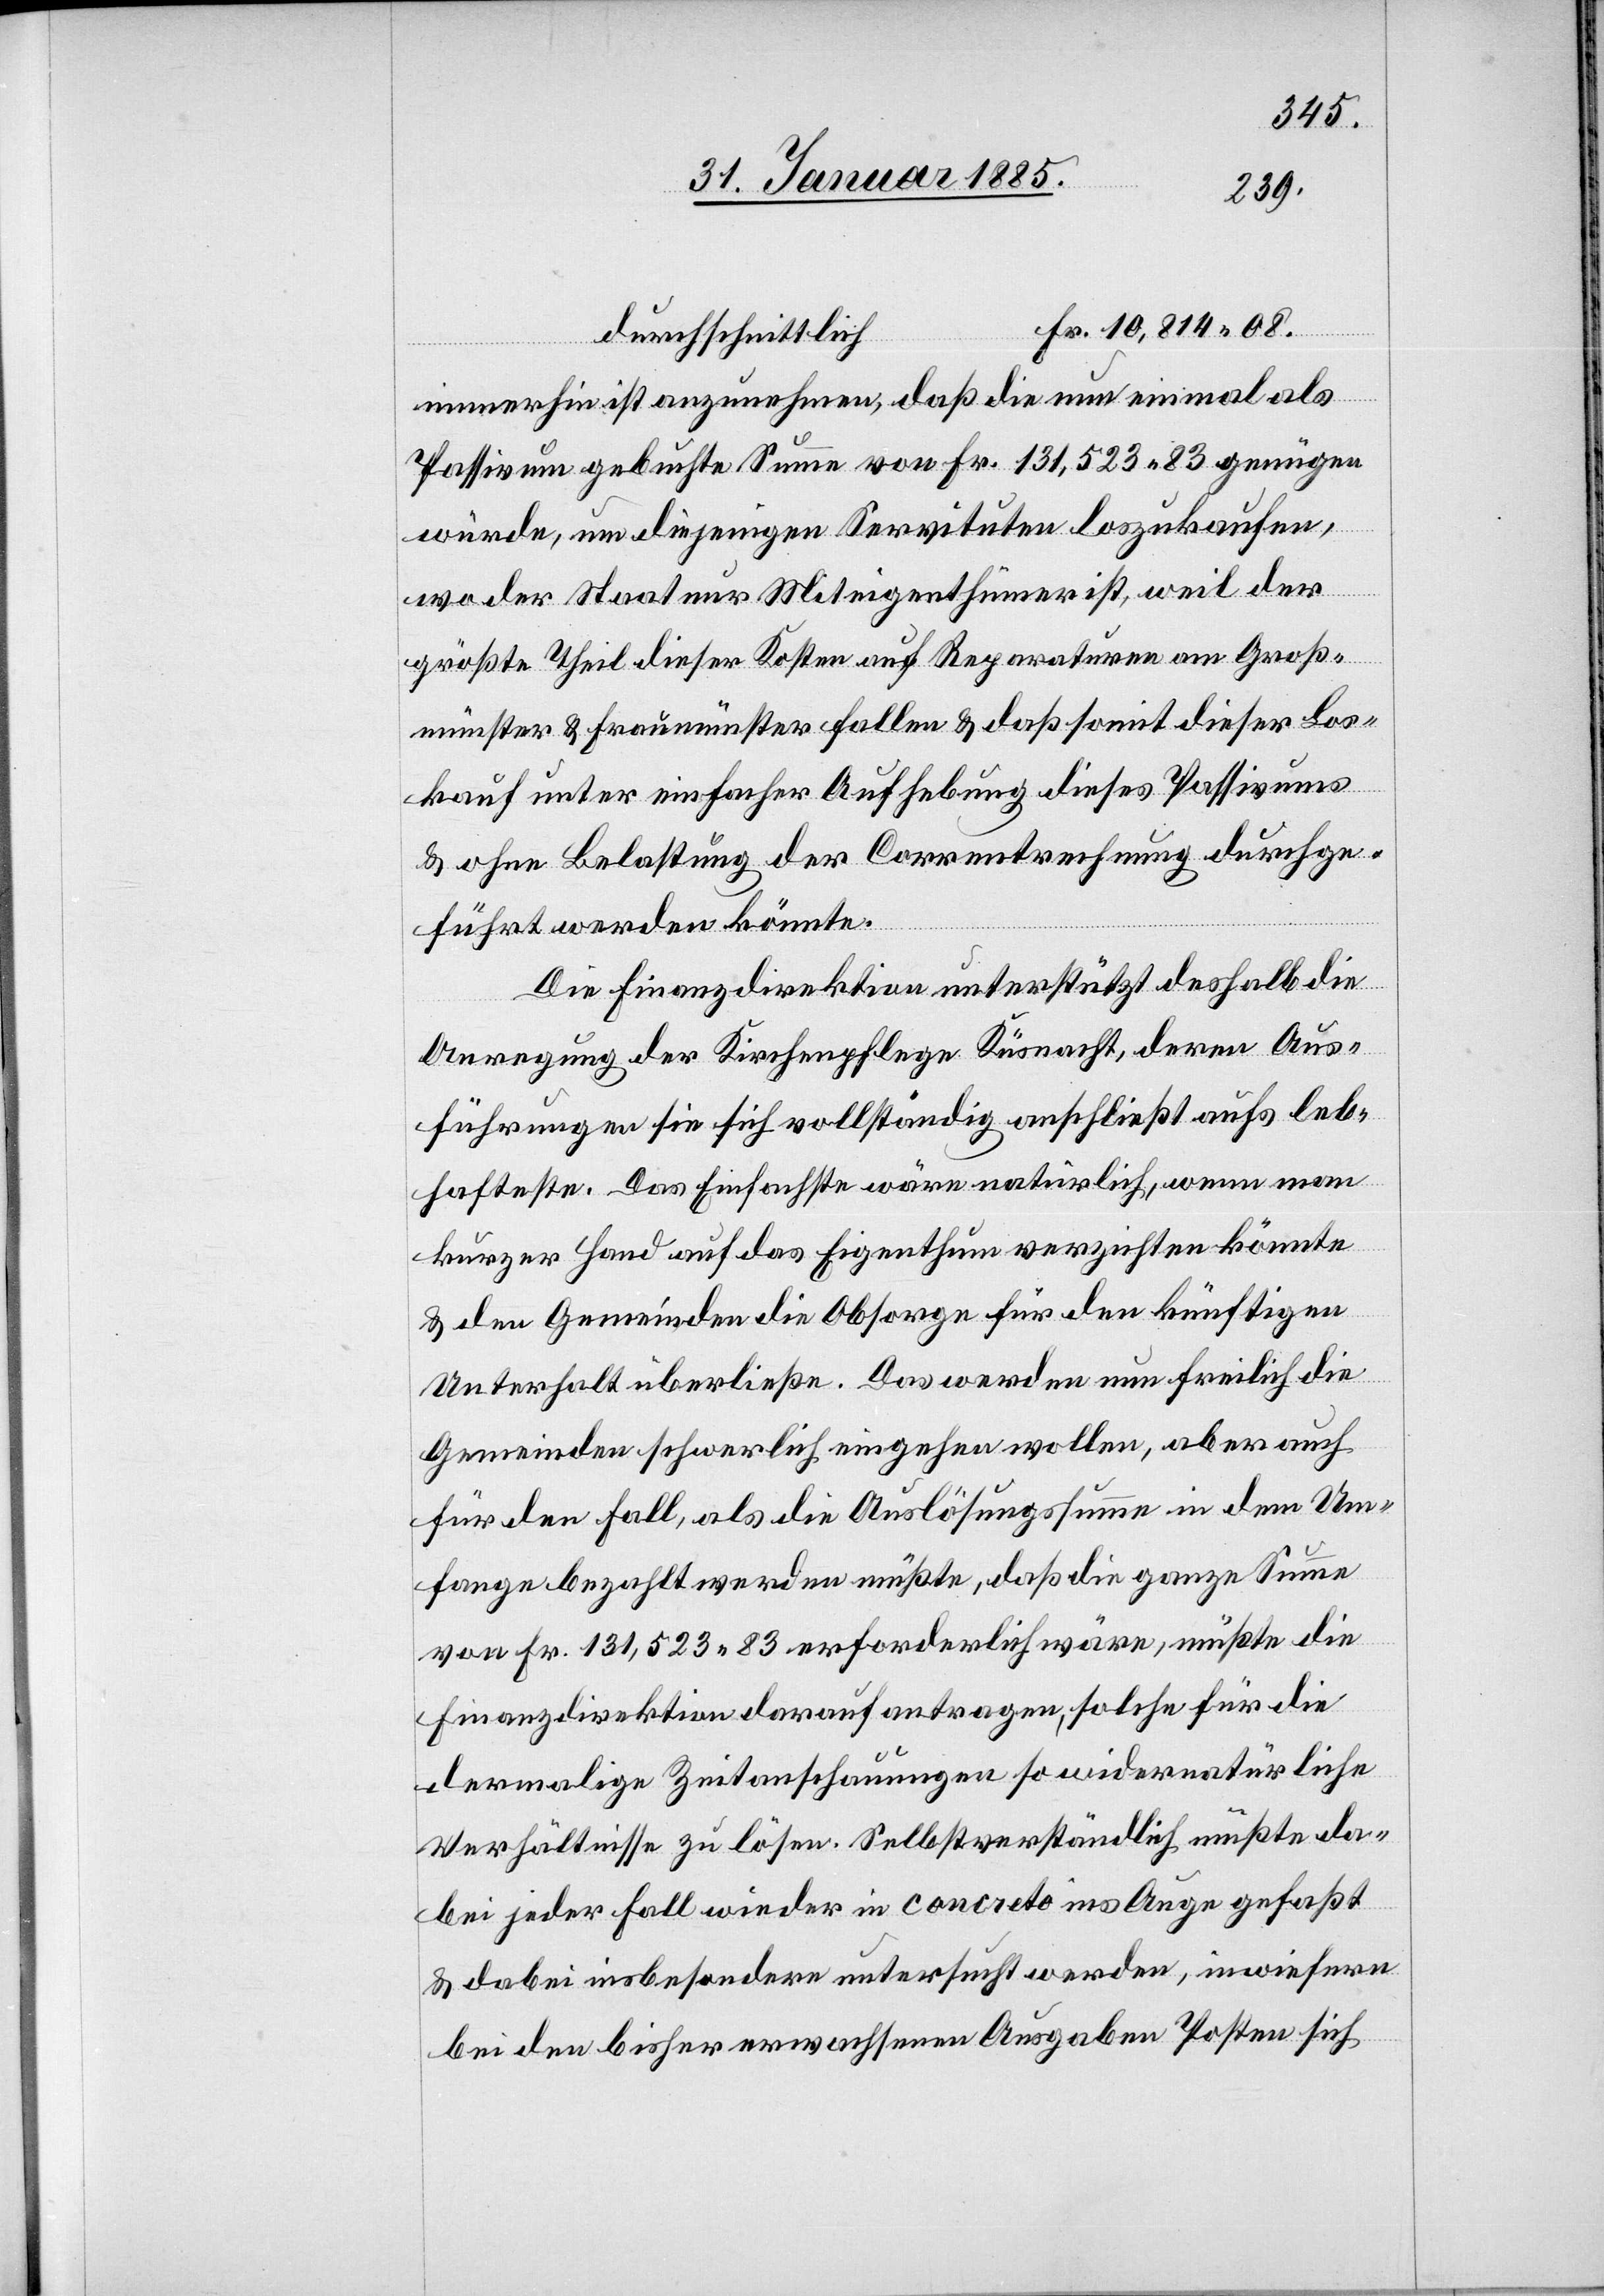
durchschnittlich
immerhin [sic!] ist anzunehmen, daß die nun einmal als
Passivum gebuchte Summe von Fr. 131,523 83 genügen
würde, um diejenigen Servituten loszukaufen,
wo der Staat nur Miteigenthümer ist, weil der
größte Theil dieser Kosten auf Reparaturen am Groß¬
münster & Fraumünster fallen & daß somit dieser Los¬
kauf unter einfacher Aufhebung dieses Passivums
& ohne Belastung der Correntrechnung durchge¬
führt werden könnte.
Die Finanzdirektion unterstützt deshalb die
Anregung der Kirchenpflege Küsnacht, deren Aus¬
führungen sie sich vollständig anschließt aufs leb¬
hafteste. Das Einfachste wäre natürlich, wenn man
kurzer Hand auf das Eigenthum verzichten könnte
& den Gemeinden die Obsorge für den künftigen
Unterhalt überließe. Das werden nun freilich die
Gemeinden schwerlich eingehen wollen, aber auch
für den Fall, als die Auslösungssumme in dem Um¬
fange bezahlt werden müßte, das die ganze Summe
von Fr. 131,523 83 erforderlich wäre, müßte die
Finanzdirektion darauf antragen, solche für die
dermalige Zeitanschauungen so widernatürliche
Verhältnisse zu lösen. Selbstverständlich müßte da¬
bei jeder Fall wieder in concreto ins Auge gefaßt
& dabei insbesondere untersucht werden, inwiefern
bei den bisher erwachsenen Ausgaben Posten sich